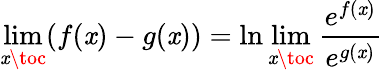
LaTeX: \operatorname*{lim}_{\mathit{x}\toc}(f(\mathit{x})-g(\mathit{x}))=\ln\operatorname*{lim}_{\mathit{x}\toc}{\frac{{e^{f(\mathit{x})}}}{{e^{g(\mathit{x})}}}}